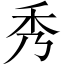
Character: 秀